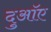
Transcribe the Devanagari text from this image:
दुआॅए